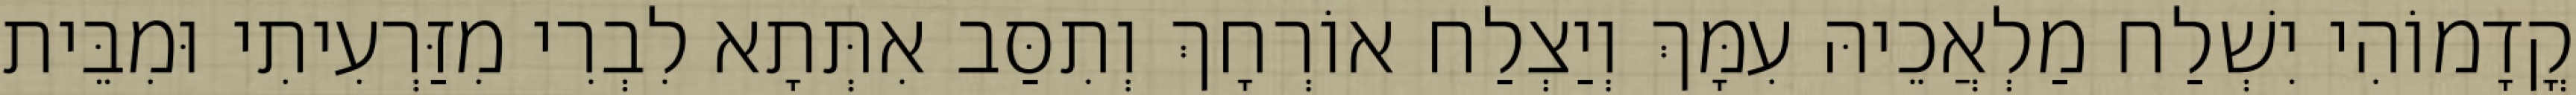
קֳדָמוֹהִי יִשְׁלַח מַלְאֲכֵיהּ עִמָּךְ וְיַצְלַח אוֹרְחָךְ וְתִסַּב אִתְּתָא לִבְרִי מִזַּרְעִיתִי וּמִבֵּית